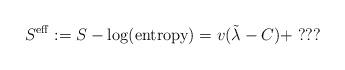
LaTeX: \begin{align*}S^{\rm eff}:= S-\log ({\rm entropy})=v(\tilde\lambda -C)+\; ???\end{align*}